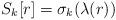
LaTeX: \begin{align*}S_k [r] = \sigma_k (\lambda (r))\end{align*}